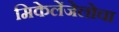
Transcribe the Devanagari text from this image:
मिकेलेंजेलोचा